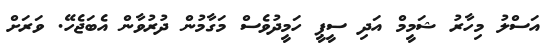
އަސްލު މިހާރު ޝަމީމް އަދި ސީޕީ ހަމީދުވެސް މަގާމުން ދުރުވާން އެބަޖެހޭ. ވަރަށް